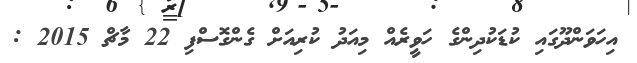
އިހަވަންދޫގައި ކުޑަކުދިންގެ ހަވީރެއް މިއަދު ކުރިއަށް ގެންގޮސްފި 22 މާޗް 2015 :